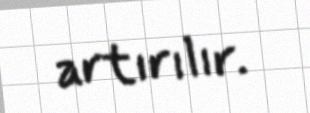
artırılır.